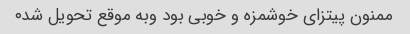
ممنون پیتزای خوشمزه و خوبی بود وبه موقع تحویل شد۰